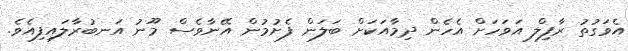
އެވަގުތު ރާފިލް އަވަހަށް އެހެން ދިމާއަކަށް ބަލަން ފެށުމުން އޭނާވެސް މޫނު އަނބުރާލައިފިއެވެ.